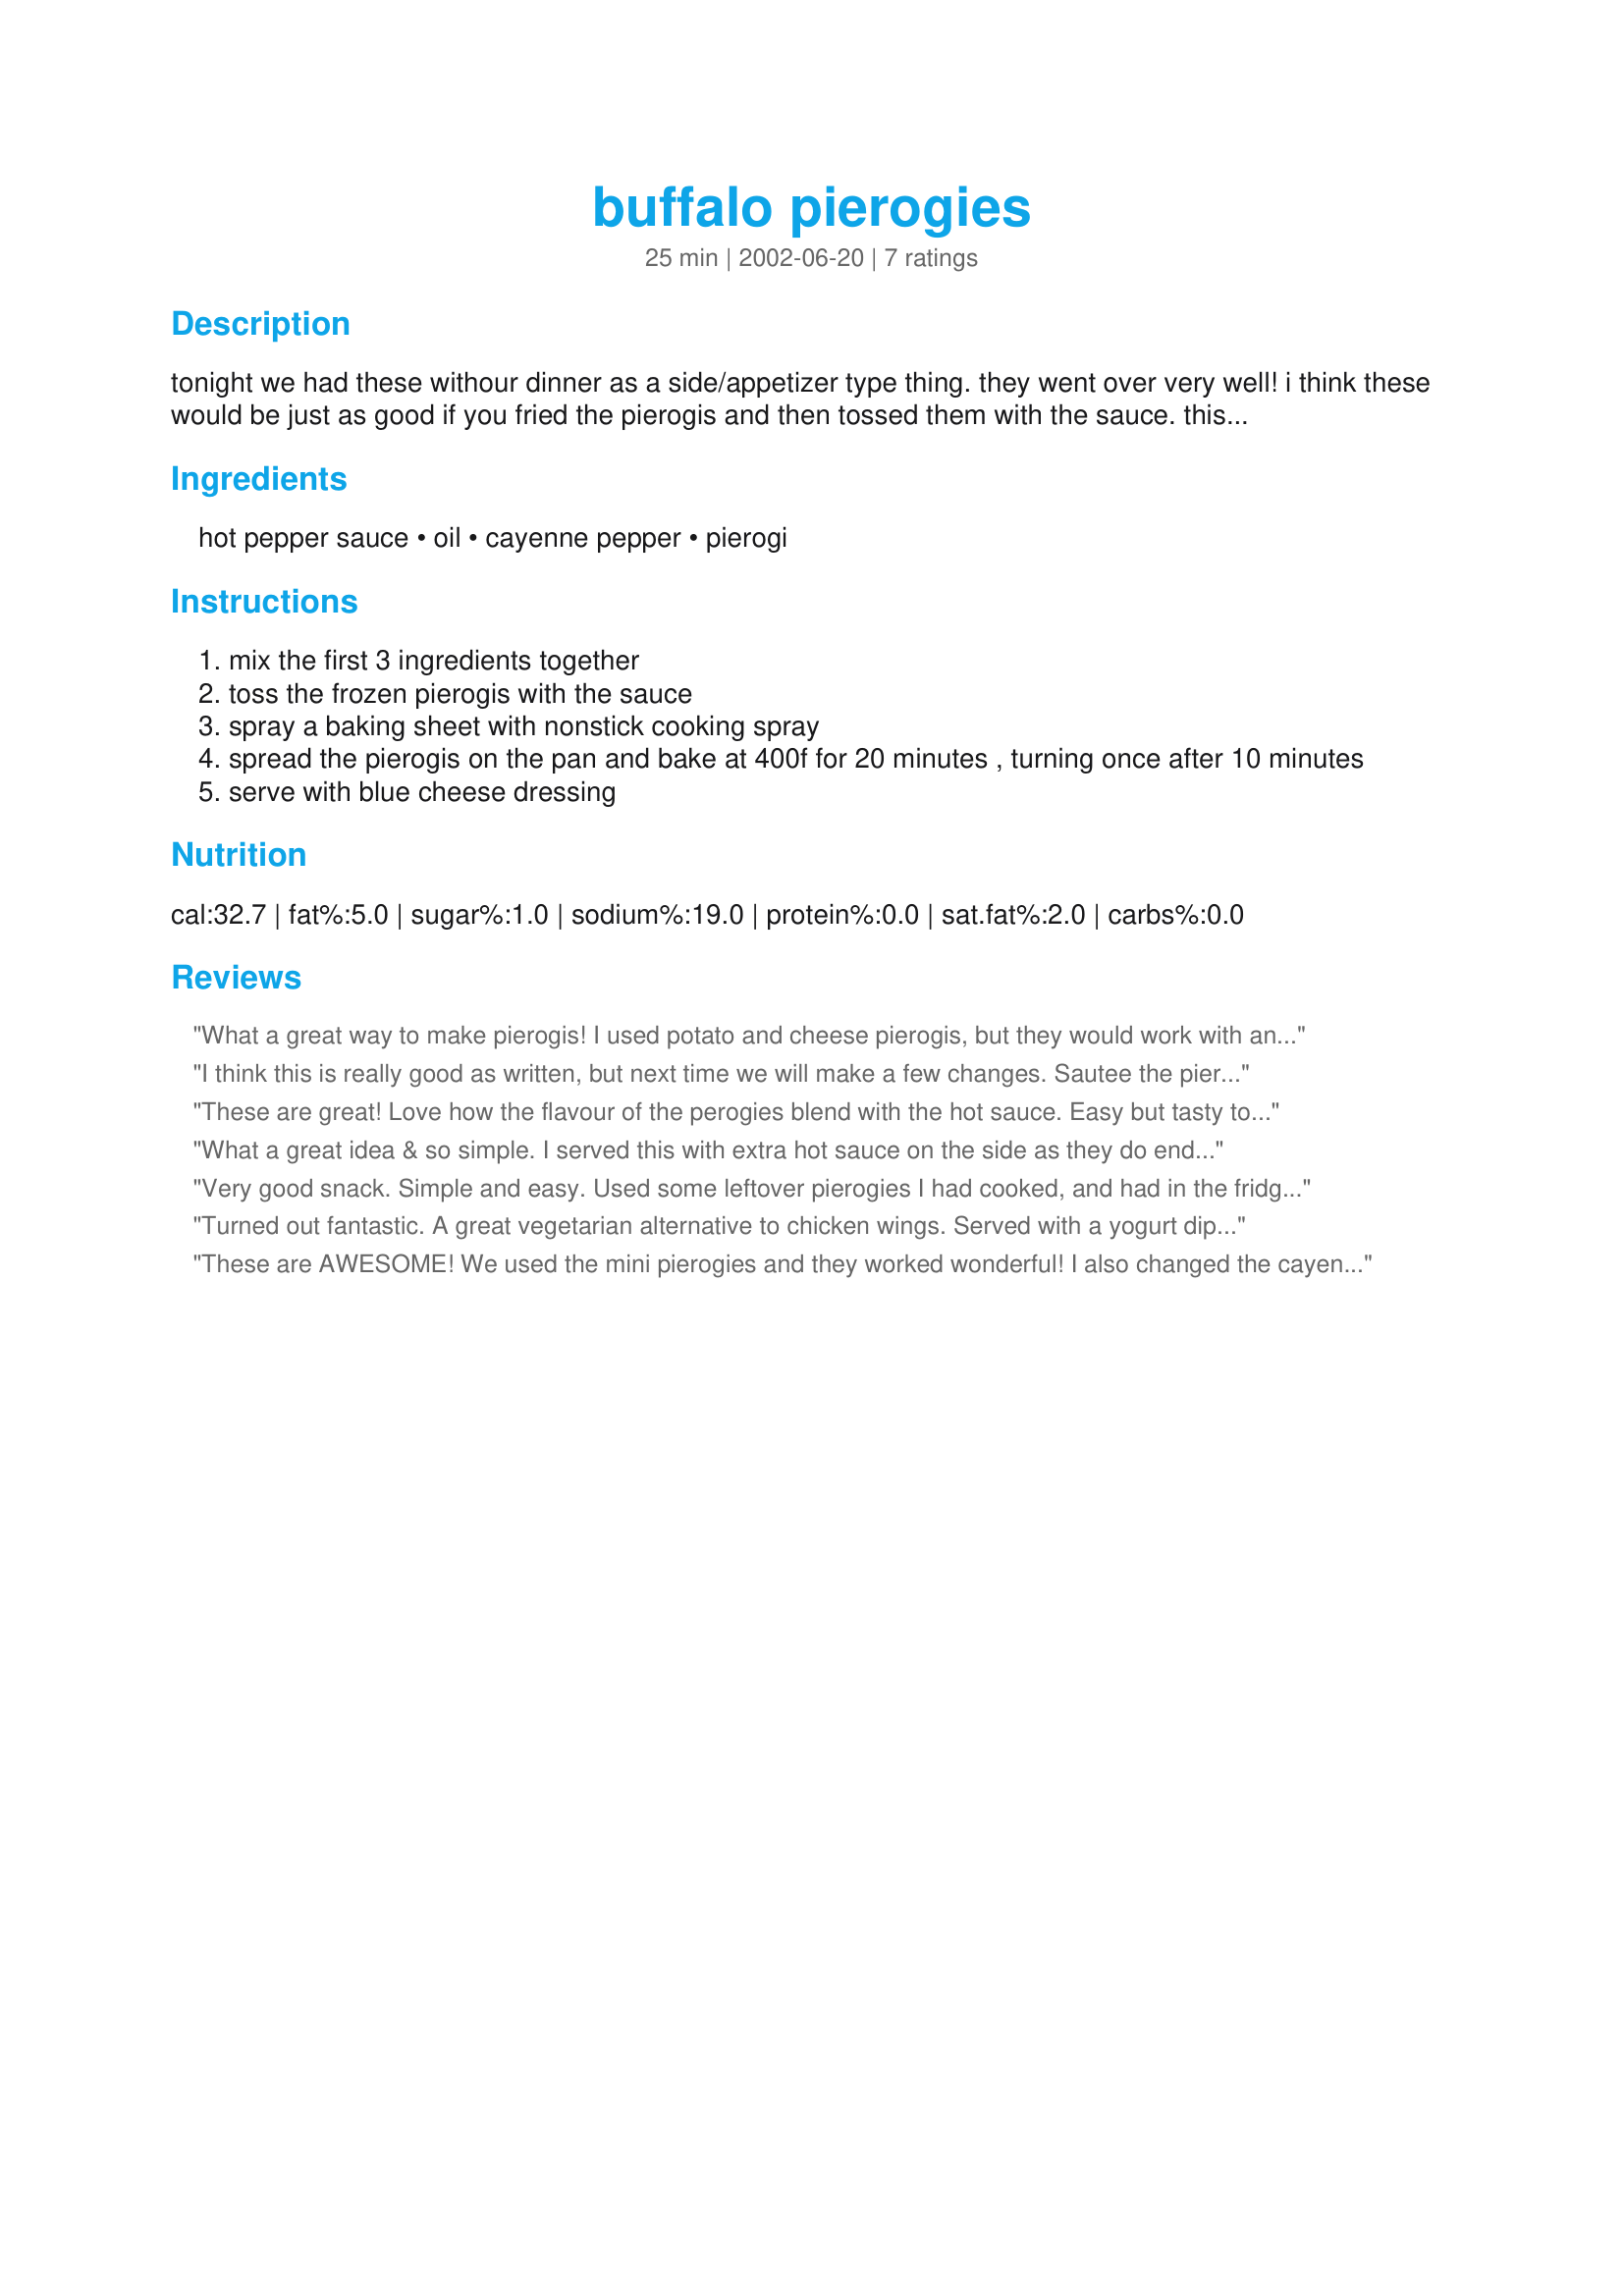
buffalo pierogies
Preparation time: 25 minutes

tonight we had these withour dinner as a side/appetizer type thing. they went over very well! i think these would be just as good if you fried the pierogis and then tossed them with the sauce. this is adapted from a recipe by sara moulton.

Ingredients:
hot pepper sauce, oil, cayenne pepper, pierogi

Steps:
mix the first 3 ingredients together
toss the frozen pierogis with the sauce
spray a baking sheet with nonstick cooking spray
spread the pierogis on the pan and bake at 400f for 20 minutes , turning once after 10 minutes
serve with blue cheese dressing

Reviews:
What a great way to make pierogis! I used potato and cheese pierogis, but they would work with any flavour. A few exploded, but other than that it worked fine. I served with sour cream to tone down the heat! The pierogis may need to be kind of basted after 10 minutes because some of the sauce kind of runs off.
I think this is really good as written, but next time we will make a few changes. Sautee the pierogis in some butter or oil until they get crispy and just toss with the sauce. They may be messier to eat this way, but as written, they get only semi-crispy in the oven and the sauce really dries up on them, creating a more of a dry coating. They are quite spicy, so if you want to tone it down, leave out the cayenne. We like the heat, so it was fine for our tastes. Served with ranch dressing. Thanks for posting this! This is really fun snack food and a different way to get pierogis!
These are great! Love how the flavour of the perogies blend with the hot sauce. Easy but tasty to boot.
What a great idea & so simple. I served this with extra hot sauce on the side as they do end up being kind of dry.
Very good snack. Simple and easy. Used some leftover pierogies I had cooked, and had in the fridge, and they got nice and dry/crispy. Will try from frozen another day. Used Daves Hurtin' Habenero Hot Sauce. Baked in a toaster oven at 400 for 10 minutes, flipped and baked another 10 minutes. Served with sour cream for a nice tangy cooling effect.
Turned out fantastic. A great vegetarian alternative to chicken wings. Served with a yogurt dipping sauce- which was needed, these are hot little things. So easy to make as well. Thanks for this recipe, will make these again!
These are AWESOME! We used the mini pierogies and they worked wonderful! I also changed the cayenne pepper to garlic powder and it came out great! I will definitely make this again!
